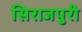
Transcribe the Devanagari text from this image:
सिराजपुरी